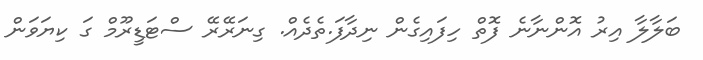
ބަލާލާ އިރު އޮންނާނެ ފޮތް ހިފައިގެން ނިދާފަ.ތެދެއް. ގިނަރޭރޭ ސްޓަޑީރޫމް ގަ ކިޔަވަން